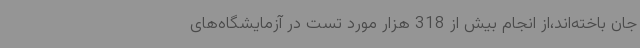
جان باخته‌اند،از انجام بیش از 318 هزار مورد تست در آزمایشگاه‌های